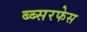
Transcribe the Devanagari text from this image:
ब्ब्सरफेस